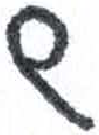
אות: ש